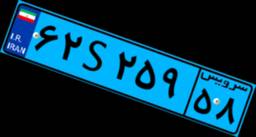
۶۲S۲۵۹۵۸